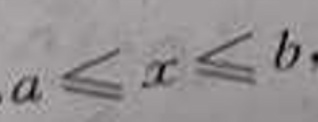
\[a\leq x\leq b\]